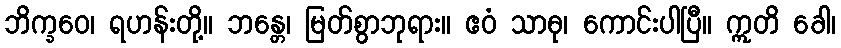
ဘိက္ခဝေ၊ ရဟန်းတို့။ ဘန္တေ၊ မြတ်စွာဘုရား။ ဧဝံ သာဓု၊ ကောင်းပါပြီ။ ဣတိ ခေါ၊